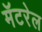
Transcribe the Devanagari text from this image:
मॅटरेल